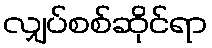
လျှပ်စစ်ဆိုင်ရာ